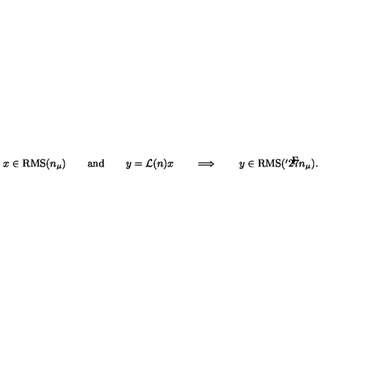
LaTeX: x \in \mathrm { R M S } ( n _ { \mu } ) \qquad \mathrm { a n d } \qquad y = { \cal L } ( n ) x \qquad \Longrightarrow \qquad y \in \mathrm { R M S } ( { \mathaccent ^ { \prime } 2 7 n } _ { \mu } ) .